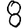
Digit: 8